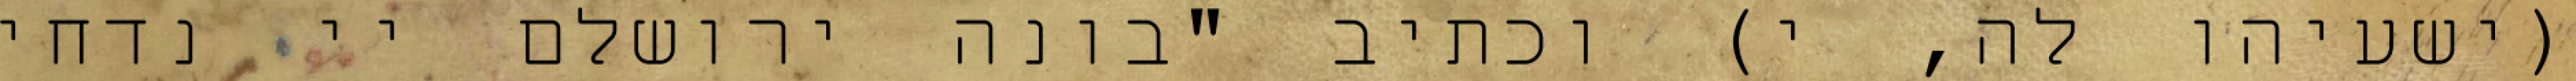
(ישעיהו לה, י) וכתיב "בונה ירושלם יי נדחי